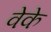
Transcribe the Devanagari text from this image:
वेके